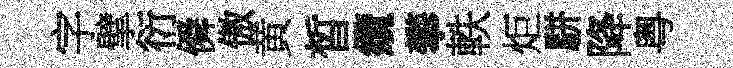
字擘衍僢傲黄晳纜攀軼炬駢降粤